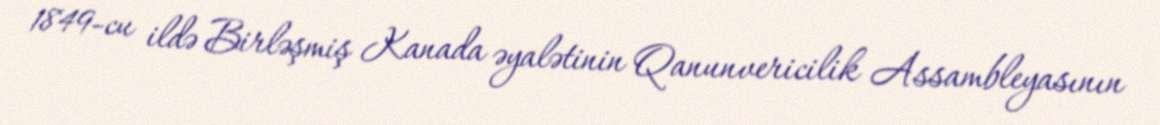
1849-cu ildə Birləşmiş Kanada əyalətinin Qanunvericilik Assambleyasının